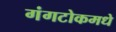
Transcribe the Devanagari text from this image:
गंगटोकमधे